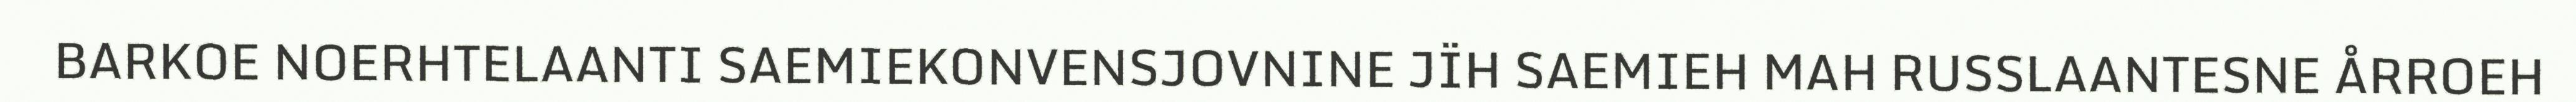
BARKOE NOERHTELAANTI SAEMIEKONVENSJOVNINE JÏH SAEMIEH MAH RUSSLAANTESNE ÅRROEH